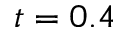
t = 0 . 4